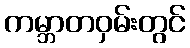
ကမ္ဘာတဝှမ်းတွင်